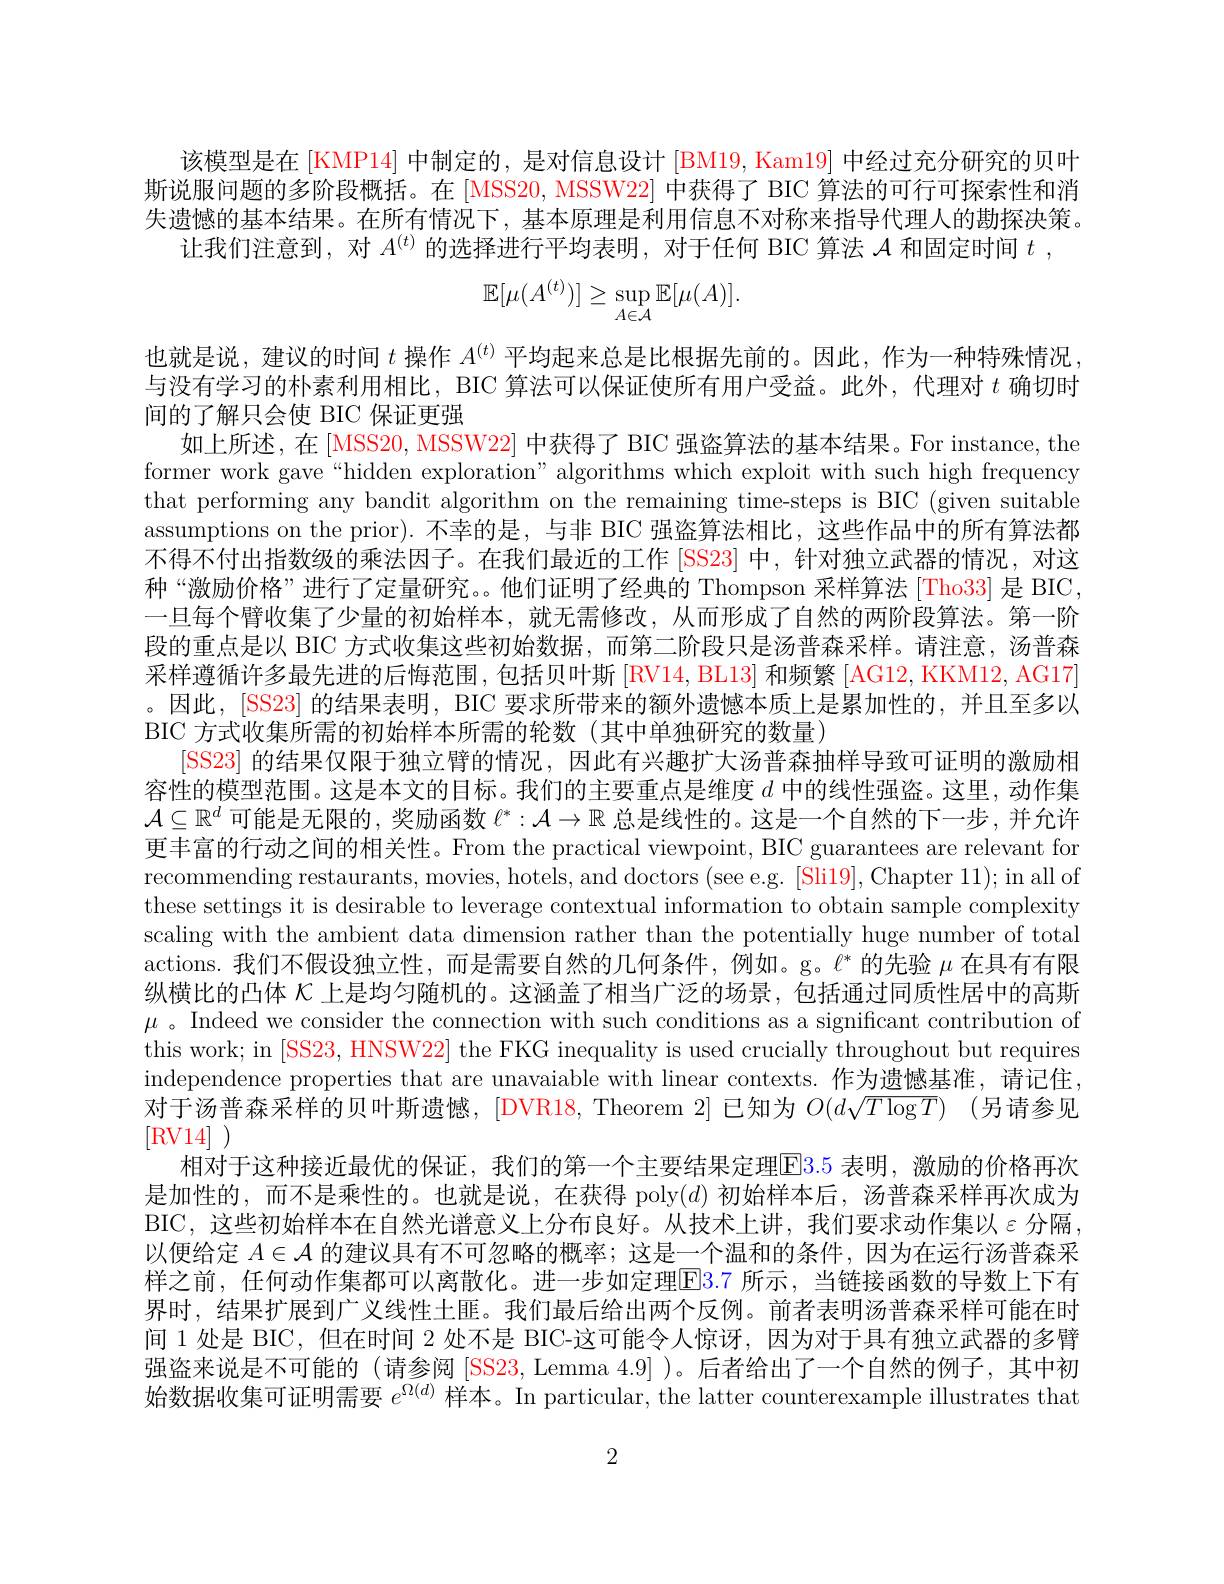
该模型是在 [KMP14] 中制定的，是对信息设计 [BM19, Kam19] 中经过充分研究的贝叶斯说服问题的多阶段概括。在 [MSS20, MSSW22] 中获得了 BIC 算法的可行可探索性和消失遗憾的基本结果。在所有情况下，基本原理是利用信息不对称来指导代理人的勘探决策。
让我们注意到，对$A^{(t)}$的选择进行平均表明，对于任何 BIC 算法$\mathcal{A}$和固定时间$t$,
$$\mathbb{E}[\mu(A^{(t)})]\geq\sup_{A\in\mathcal{A}}\mathbb{E}[\mu(A)].$$
也就是说，建议的时间$t$操作$A^{(t)}$平均起来总是比根据先前的。因此，作为一种特殊情况与没有学习的朴素利用相比，BIC 算法可以保证使所有用户受益。此外，代理对$t$确切时间的了解只会使 BIC 保证更强
如上所述，在[MSS20, MSSW22] 中获得了 BIC 强盗算法的基本结果。For instance, the former work gave“hidden exploration” algorithms which exploit with such high frequency that performing any bandit algorithm on the remaining time-steps is BIC (given suitable assumptions on the prior). 不幸的是，与非 BIC 强盗算法相比，这些作品中的所有算法都不得不付出指数级的乘法因子。在我们最近的工作 [SS23] 中，针对独立武器的情况，对这种“激励价格”进行了定量研究。。他们证明了经典的 Thompson 采样算法 [Tho33] 是 BIC, 一旦每个臂收集了少量的初始样本，就无需修改，从而形成了自然的两阶段算法。第一阶段的重点是以 BIC 方式收集这些初始数据，而第二阶段只是汤普森采样。请注意，汤普森采样遵循许多最先进的后悔范围，包括贝叶斯[RV14, BL13] 和频繁[AG12, KKM12, AG17] 。因此，[SS23] 的结果表明，BIC 要求所带来的额外遗憾本质上是累加性的，并且至多以BIC 方式收集所需的初始样本所需的轮数(其中单独研究的数量)
[SS23] 的结果仅限于独立臂的情况，因此有兴趣扩大汤普森抽样导致可证明的激励相容性的模型范围。这是本文的目标。我们的主要重点是维度$d$中的线性强盗。这里，动作集$\mathcal{A}\subseteq\mathbb{R}^d$可能是无限的，奖励函数$\ell^*:\mathcal{A}\to\mathbb{R}$总是线性的。这是一个自然的下一步 ,并允许更丰富的行动之间的相关性。From the practical viewpoint, BIC guarantees are relevant for recommending restaurants, movies, hotels, and doctors (see.g. [Sli19], Chapter 11); in all of these settings it is desirable to leverage contextual information to obtain sample complexity scaling with the ambient data dimension rather than the potentially huge number of total actions. 我们不假设独立性，而是需要自然的几何条件，例如。g。$\ell^*$的先验$\mu$在具有有限纵横比的凸体$\kappa$上是均匀随机的。这涵盖了相当广泛的场景，包括通过同质性居中的高斯$\mu$ 。Indeed we consider the connection with such conditions as a significant contribution of this work; in [SS23, HNSW22] the FKG inequality is used crucially throughout but requires independence properties that are unavaiable with linear contexts. 作为遗憾基准，请记住， 对于汤普森采样的贝叶斯遗憾，[DVR18,Theorem 2] 已知为$O(d\sqrt{T\log T})$ (另请参见[RV14]
相对于这种接近最优的保证，我们的第一个主要结果定理E$l3. 5$ 表明，激励的价格再次是加性的，而不是乘性的。也就是说，在获得 poly$(d)$初始样本后，汤普森采样再次成为BIC, 这些初始样本在自然光谱意义上分布良好。从技术上讲，我们要求动作集以$\varepsilon$ 分隔以便给定$A\in\mathcal{A}$的建议具有不可忽略的概率；这是一个温和的条件，因为在运行汤普森采样之前，任何动作集都可以离散化。进一步如定理$\boxed{\mathrm{E}}3.7$ 所示，当链接函数的导数上下有界时，结果扩展到广义线性土匪。我们最后给出两个反例。前者表明汤普森采样可能在时间 1 处是 BIC, 但在时间 2 处不是 BIC-这可能令人惊讶，因为对于具有独立武器的多臂强盗来说是不可能的 (请参阅 [SS23,Lemma 4.9] )。后者给出了一个自然的例子，其中初始数据收集可证明需要$e^\Omega(d)$样本。In particular, the latter counterexample illustrates that

2